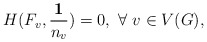
\begin{align*}H(F_v, \frac{\mathbf 1}{n_v}) = 0,~\forall~v\in V(G),\end{align*}